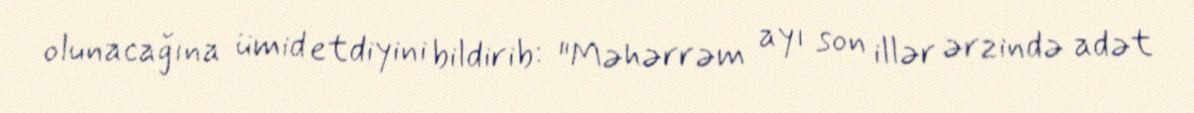
olunacağına ümid etdiyini bildirib: "Məhərrəm ayı son illər ərzində adət